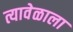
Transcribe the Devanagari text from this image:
त्यावेळाला